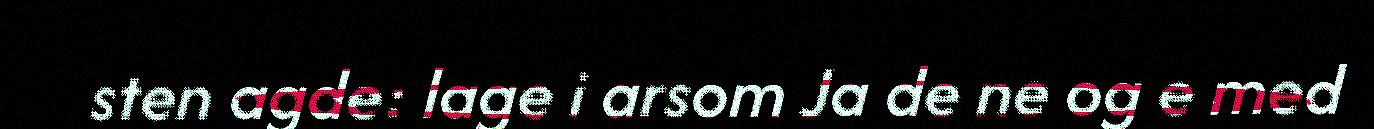
sten agde: lage i arsom Ja de ne og e med